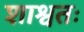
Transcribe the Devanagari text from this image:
शाश्वतः